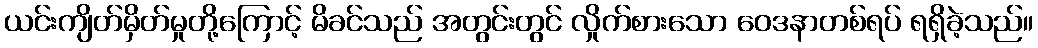
ယင်းကျိတ်မှိတ်မှုတို့ကြောင့် မိခင်သည် အတွင်းတွင် လှိုက်စားသော ဝေဒနာတစ်ရပ် ရရှိခဲ့သည်။